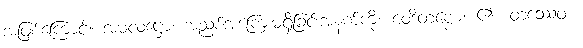
အဖြစ်ကြောင့်။ အမလဋ္ဌော၊ အညစ်အကြေးမရှိခြင်းအနက်ကို။ ဝေဒိတဗ္ဗော၊ ၏။ တဿေဝ ၊